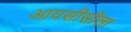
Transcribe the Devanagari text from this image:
आयसीसीला